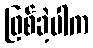
ဖြစ်ခဲ့ပါက